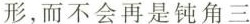
形，而不会再是钝角三